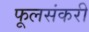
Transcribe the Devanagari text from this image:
फूलसंकरी